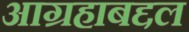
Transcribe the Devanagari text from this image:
आग्रहाबद्दल